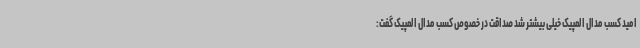
امید کسب مدال المپیک خیلی بیشتر شد صداقت در خصوص کسب مدال المپیک گفت: